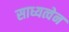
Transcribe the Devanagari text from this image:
साध्यत्वेन